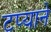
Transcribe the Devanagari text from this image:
टप्याने